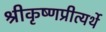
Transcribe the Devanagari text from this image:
श्रीकृष्णप्रीत्यर्थे